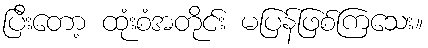
ပြီးတော့ ထုံးစံအတိုင်း မပြန်ဖြစ်ကြသေး။